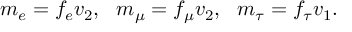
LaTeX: m _ { e } = f _ { e } v _ { 2 } , ~ ~ m _ { \mu } = f _ { \mu } v _ { 2 } , ~ ~ m _ { \tau } = f _ { \tau } v _ { 1 } .